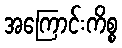
အကြောင်းကိစ္စ